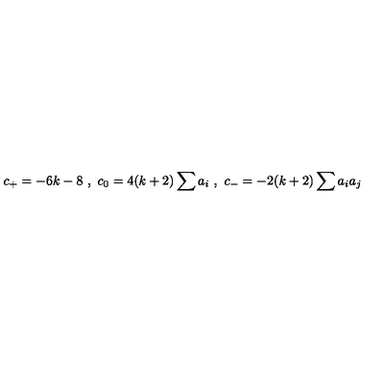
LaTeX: c _ { + } = - 6 k - 8 \ , \ c _ { 0 } = 4 ( k + 2 ) \sum a _ { i } \ , \ c _ { - } = - 2 ( k + 2 ) \sum a _ { i } a _ { j }